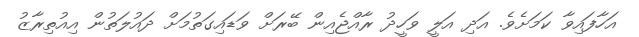
އަހާފައިވާ ކަމަށެވެ. އަދި އަލީ ވަހީދު ރާއްޖެއިން ބޭރަށް ވަޑައިގަތުމަށް ދައުލަތުން އިއުތިރާޒު